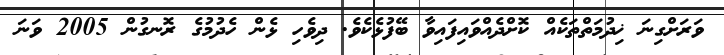
ވަރަށްގިނަ ޚިދުމަތްތަކެއް ކޮށްދެއްވައިފައިވާ ބޭފުޅެކެވެ. ދިވެހި ޅެން ހެދުމުގެ ރޮނގުން 2005 ވަނަ